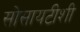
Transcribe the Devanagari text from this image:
सोसायटीशी